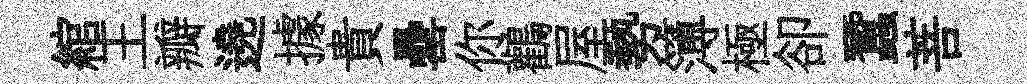
綰王瓣遶據貴罍你鸛屋勢簿極卻蠶菩